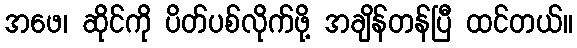
အဖေ၊ ဆိုင်ကို ပိတ်ပစ်လိုက်ဖို့ အချိန်တန်ပြီ ထင်တယ်။